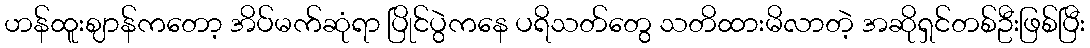
ဟန်ထူးဈာန်ကတော့ အိပ်မက်ဆုံရာ ပြိုင်ပွဲကနေ ပရိသတ်တွေ သတိထားမိလာတဲ့ အဆိုရှင်တစ်ဦးဖြစ်ပြီး